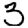
Digit: 3